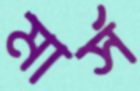
মার্স